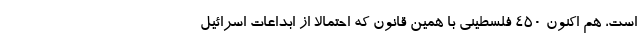
است، هم اکنون 450 فلسطینی با همین قانون که احتمالاً از ابداعات اسرائیل